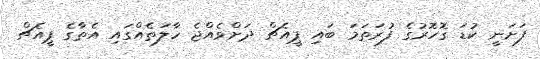
ފަށަނީ ކުޑަ ގޮހޮރުގެ ފުރަތަމަ ބައި ޕީއެޗް ދަށްވެއްޖެ ހާލަތެއްގައި އެތާގެ ޕީއެޗް